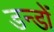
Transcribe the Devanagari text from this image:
डन्डों